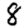
Digit: 8